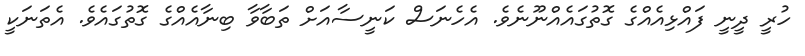
ހުރީ ދީނީ ފައްޅިއެއްގެ ގޮތުގައެއްނޫނެވެ. އެހެނަސް ކަނީސާއަށް ތަބާވާ ބިނާއެއްގެ ގޮތުގައެވެ. އެތަނަކީ